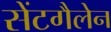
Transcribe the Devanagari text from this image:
सेंटगैलेन